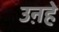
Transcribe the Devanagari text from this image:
उऩहे